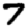
Digit: 7